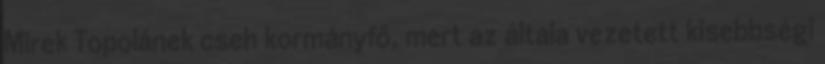
Mirek Topolánek cseh kormányfő, mert az általa vezetett kisebbségi